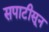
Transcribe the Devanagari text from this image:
सपाटीसून